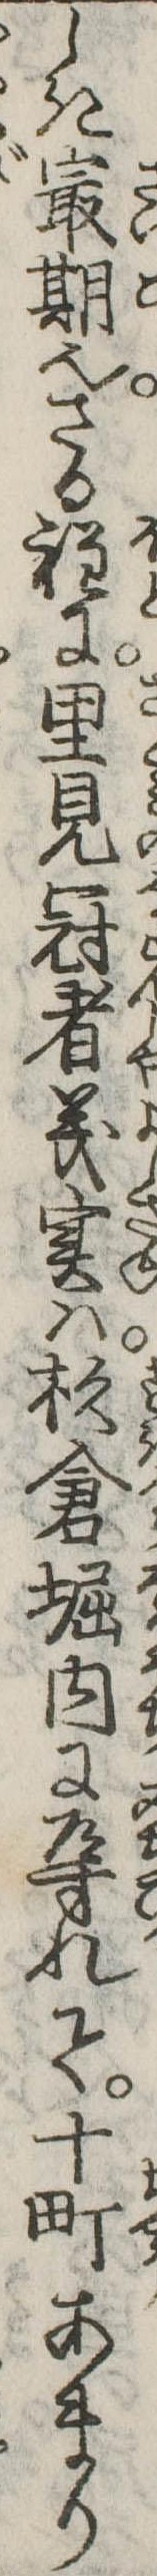
しき最期也さる程に里見冠者義実は杉倉堀内に導れて十町あまり